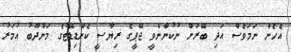
އެހެން ނަމަވެސް އަދި ބޭރަށް ނުކުންނެވީ ޖޭޕީގެ ރިޔާސީ ކެންޑިޑޭޓުގެ މަންދޫބު އުމަރު